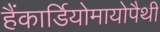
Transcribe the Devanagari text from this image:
हैंकार्डियोमायोपैथी